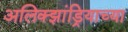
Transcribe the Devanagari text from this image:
अलिक्झांड्रियाच्या